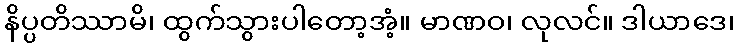
နိပ္ပတိဿာမိ၊ ထွက်သွားပါတော့အံ့။ မာဏဝ၊ လုလင်။ ဒါယာဒေ၊